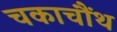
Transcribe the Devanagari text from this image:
चकाचौंथ